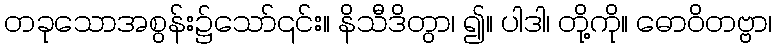
တခုသောအစွန်း၌သော်၎င်း။ နိသီဒိတွာ၊ ၍။ ပါဒါ၊ တို့ကို။ ဓောဝိတဗ္ဗာ၊